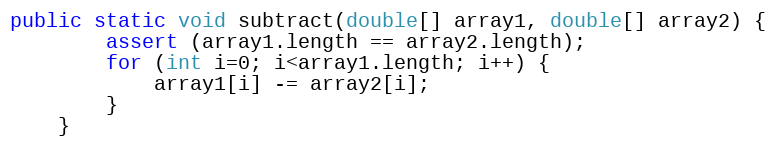
Language: Java
public static void subtract(double[] array1, double[] array2) {
        assert (array1.length == array2.length);
        for (int i=0; i<array1.length; i++) {
            array1[i] -= array2[i];
        }
    }